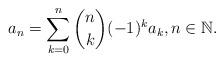
LaTeX: \begin{align*}a_{n} = \sum_{k=0}^{n} \binom{n}{k} (-1)^{k} a_{k}, n \in \mathbb{N}.\end{align*}